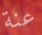
عنة